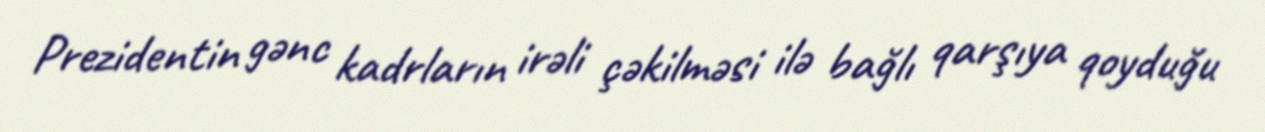
Prezidentin gənc kadrların irəli çəkilməsi ilə bağlı qarşıya qoyduğu